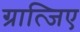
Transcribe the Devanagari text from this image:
ग्रात्जिए